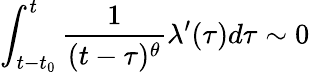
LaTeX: \int_{t-t_{0}}^{t}\frac{1}{(t-\tau)^{\theta}}\lambda^{\prime}(\tau)d\tau\sim 0